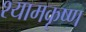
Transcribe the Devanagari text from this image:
श्यामकृष्ण